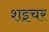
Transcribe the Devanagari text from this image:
शइचर